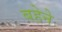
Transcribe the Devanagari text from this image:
बहेने